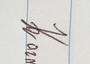
Signature authenticity: genuine